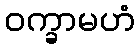
ဝက္ခာမဟံ